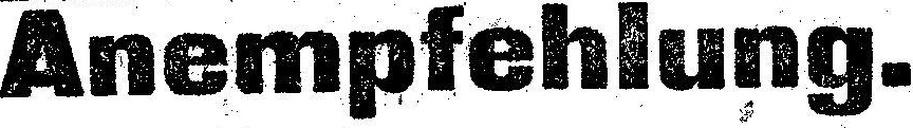
Anempfehlung.